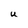
Character: U